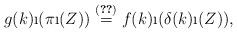
LaTeX: \begin{align*}g(k)\i(\pi\i(Z)) \overset{\eqref{BT-comm}}{=} f(k)\i(\delta(k)\i(Z)),\end{align*}